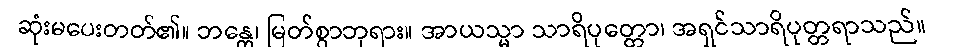
ဆုံးမပေးတတ်၏။ ဘန္တေ၊ မြတ်စွာဘုရား။ အာယသ္မာ သာရိပုတ္တော၊ အရှင်သာရိပုတ္တရာသည်။